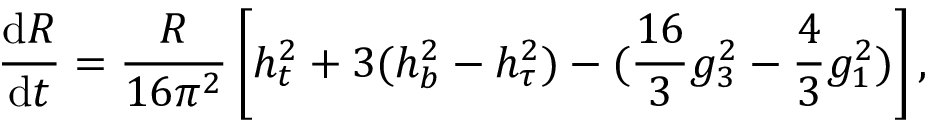
\frac { \mathrm { d } R } { \mathrm { d } t } = \frac { R } { 1 6 \pi ^ { 2 } } \left[ h _ { t } ^ { 2 } + 3 ( h _ { b } ^ { 2 } - h _ { \tau } ^ { 2 } ) - ( \frac { 1 6 } { 3 } g _ { 3 } ^ { 2 } - \frac { 4 } { 3 } g _ { 1 } ^ { 2 } ) \right] ,